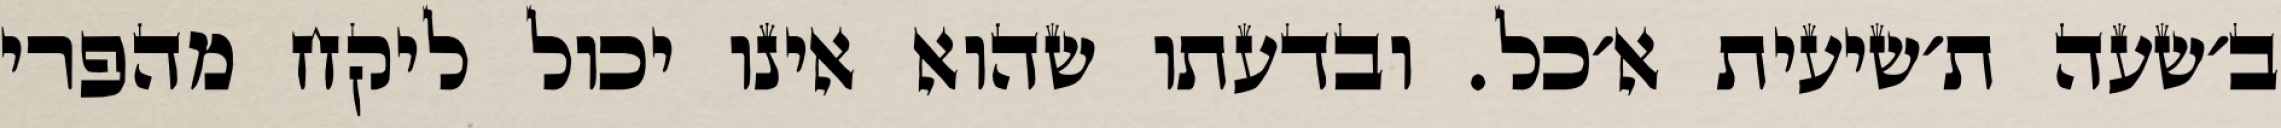
ב׳שעה ת׳שיעית א׳כל. ובדעתו שהוא אינו יכול ליקח מהפרי